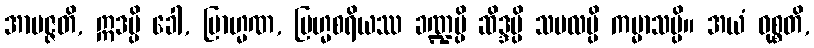
အာပဇ္ဇတိ, ဣဒမ္ပိ ခေါ, ဗြာဟ္မဏ, ဗြဟ္မစရိယဿ ခဏ္ဍမ္ပိ ဆိဒ္ဒမ္ပိ သဗလမ္ပိ ကမ္မာသမ္ပိ။ အယံ ဝုစ္စတိ,